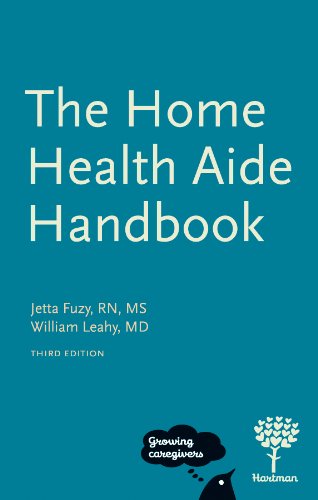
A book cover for The Home Health Aide Handbook, 3e; Jetta Fuzy RN MS; Medical Books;